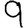
Digit: 9